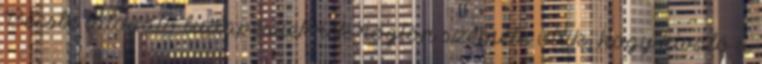
Bécsbe látogató budapestieknek rögtön szemébe ötlik, hogy kiváló a